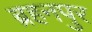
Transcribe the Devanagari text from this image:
ब्रहनपुर